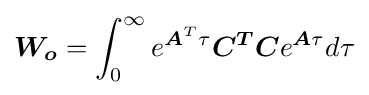
{\boldsymbol {W_{o}}}=\int _{0}^{\infty }e^{{\boldsymbol {A}}^{T}\tau }{\boldsymbol {C^{T}C}}e^{{\boldsymbol {A}}\tau }d\tau